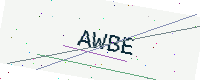
Text: AWBE